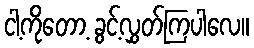
ငါ့ကိုတော့ ခွင့်လွှတ်ကြပါလေ။